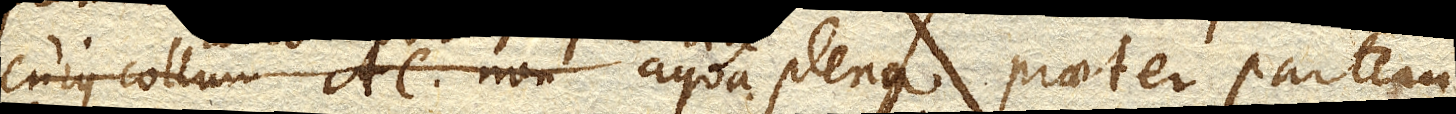
cujus collum AC. non aqua plena praeter partem